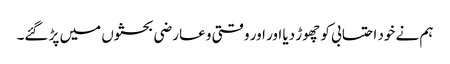
ہم نے خود احتسابی کو چھوڑ دیا اور اور وقتی و عارضی بحثوں میں پڑ گئے۔